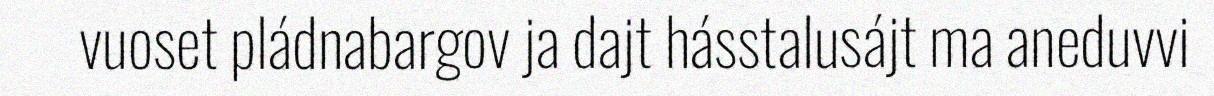
vuoset pládnabargov ja dajt hásstalusájt ma aneduvvi